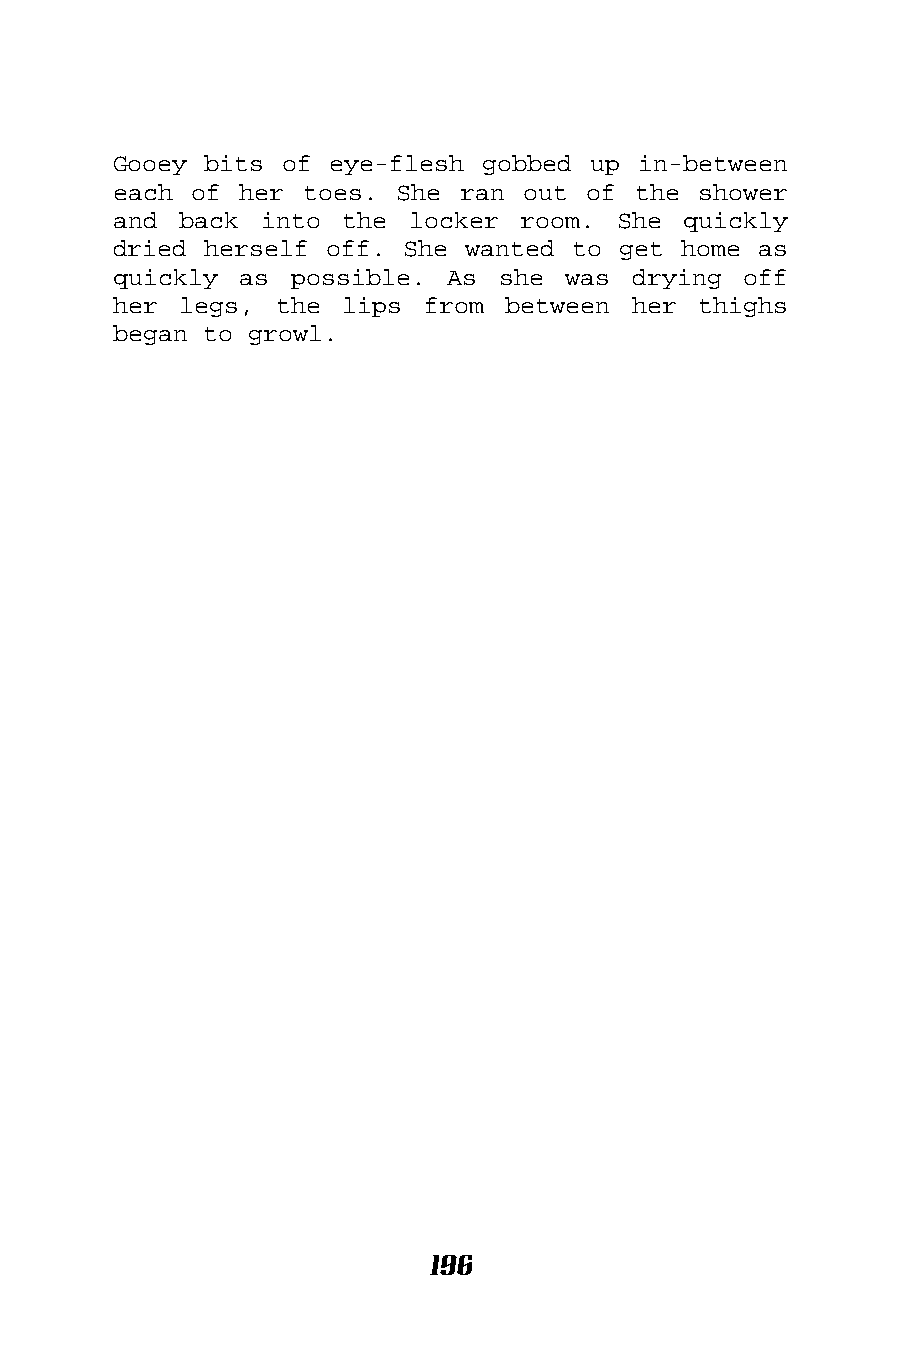
Gooey bits of eye-flesh gobbed up  in-between
 each of her toes.  She ran out of the  shower
 and back  into the locker  room. She  quickly
 dried herself off. She wanted to get home  as
 quickly as  possible. As she  was drying  off
 her legs,  the lips from  between her  thighs
 began to growl.
 196